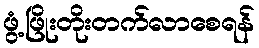
ဖွံ့ဖြိုးတိုးတက်လာစေရန်